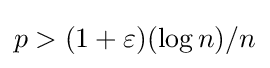
p>(1+\varepsilon )(\log n)/n